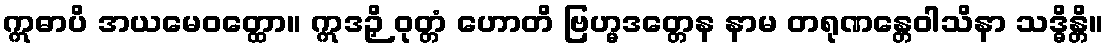
ဣဓာပိ အယမေဝတ္ထော။ ဣဒဉှိ ဝုတ္တံ ဟောတိ ဗြဟ္မဒတ္တေန နာမ တရုဏန္တေဝါသိနာ သဒ္ဓိန္တိ။